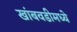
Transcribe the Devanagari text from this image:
खांबवडीमध्ये